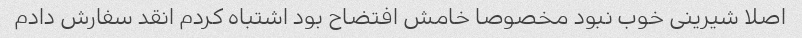
اصلا شیرینی خوب نبود مخصوصا خامش افتضاح بود اشتباه کردم انقد سفارش دادم